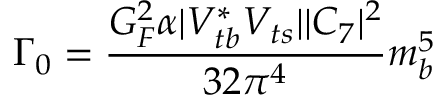
\Gamma _ { 0 } = \frac { G _ { F } ^ { 2 } \alpha | V _ { t b } ^ { * } V _ { t s } | | C _ { 7 } | ^ { 2 } } { 3 2 \pi ^ { 4 } } m _ { b } ^ { 5 }